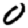
Digit: 0